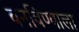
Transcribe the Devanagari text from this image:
बनविण्याला